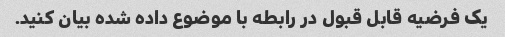
یک فرضیه قابل قبول در رابطه با موضوع داده شده بیان کنید.